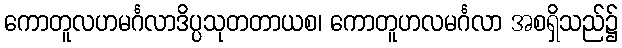
ကောတူလဟမင်္ဂလာဒိပ္ပသုတတာယစ၊ ကောတူဟလမင်္ဂလာ အစရှိသည်၌